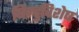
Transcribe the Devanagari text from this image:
बिन्दुविशेष